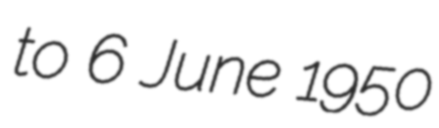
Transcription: to 6 June 1950